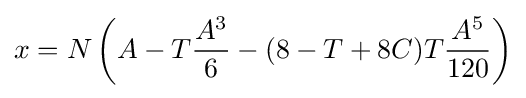
x=N\left(A-T{\frac {A^{3}}{6}}-(8-T+8C)T{\frac {A^{5}}{120}}\right)